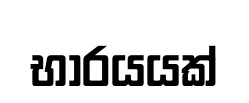
භාරයයක්